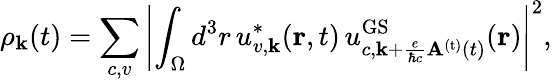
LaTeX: \rho_{\mathbf{k}}(t)=\sum_{c,v}\left|\int_{\Omega}d^{3}r\, u_{v,{\mathbf k}}^{\ast}({\mathbf r},t)\, u_{c,{\mathbf k}+\frac{e}{\hbar c}{\mathbf A}^{\mathrm{(t)}}(t)}^{\mathrm{GS}}({\mathbf r})\right|^{2},